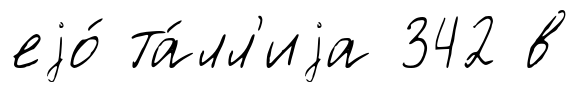
еjо́ та́лл'иjа 342 в